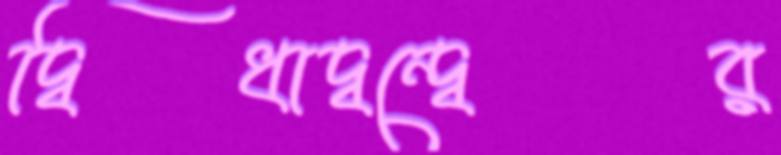
দ্বিধাদ্বন্দ্বের